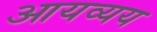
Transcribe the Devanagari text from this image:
आयव्यय